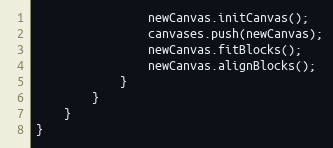
Language: JavaScript
				newCanvas.initCanvas();
				canvases.push(newCanvas);
				newCanvas.fitBlocks();
				newCanvas.alignBlocks();
			}
		}
	}
}